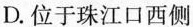
D.位于珠江口西侧